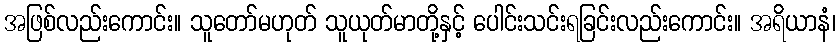
အဖြစ်လည်းကောင်း။ သူတော်မဟုတ် သူယုတ်မာတို့နှင့် ပေါင်းသင်းရခြင်းလည်းကောင်း။ အရိယာနံ၊